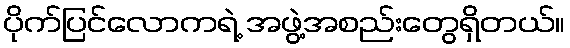
ပိုက်ပြင်လောကရဲ့ အဖွဲ့အစည်းတွေရှိတယ်။